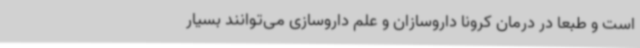
است و طبعا در درمان کرونا داروسازان و علم داروسازی می‌توانند بسیار